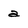
Character: a